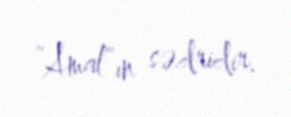
“Amal”ın sədridir.